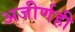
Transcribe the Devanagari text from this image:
अजीर्णही